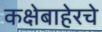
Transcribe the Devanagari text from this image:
कक्षेबाहेरचे